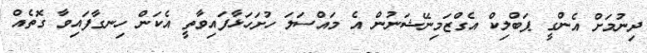
ދިނުމަށް އެންގީ ޕަބްލިކް އެގްޒަމިނޭޝަނުން އެ މައްސަލަ ހުށަހަޅާފައިވާތީ އެކަން ހިނގާފައިވާ ގޮތެއް